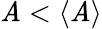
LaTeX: \mathit{A}<\langle\mathit{A}\rangle